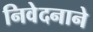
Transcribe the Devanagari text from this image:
निवेदनाने